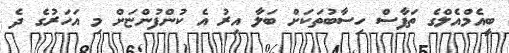
ބީއެމްއެލްގެ ތަފާސް ހިސާބުތަކަށް ބަލާ އިރު އެ ކުންފުންޏަށް މި އަހަރުގެ ދެ